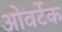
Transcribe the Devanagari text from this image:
ओवर्टेक